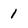
Character: 1